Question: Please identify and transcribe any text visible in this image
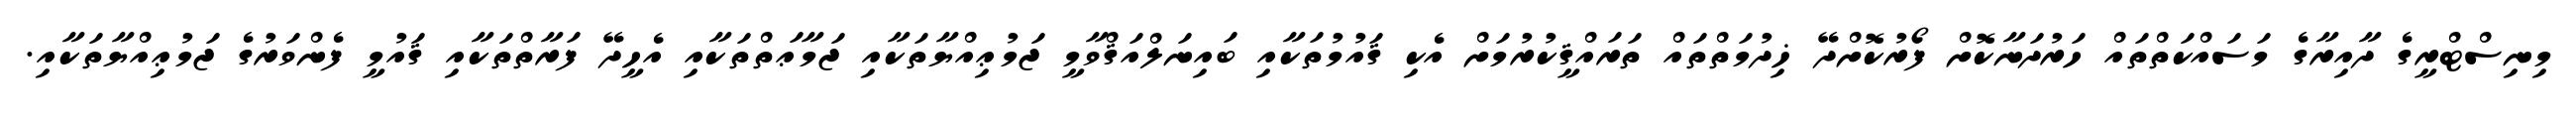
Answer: މިނިސްޓްރީގެ ދާއިރާގެ މަސައްކަތްތައް ހަރުދަނާކޮށް ފޯރުކޮށްދޭ ޚިދުމަތްތައް ތަރައްޤީކުރުމަށް އެކި ޤައުމުތަކާއި ބައިނަލްއަޤްވާމީ ޖަމުޢިއްޔާތަކާއި ޖަމާޢަތްތަކާއި އެހީދޭ ފަރާތްތަކާއި ޤައުމީ ފެންވަރުގެ ޖަމުޢިއްޔާތަކާއި.